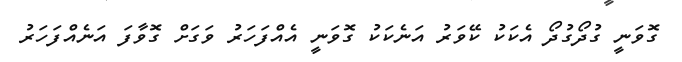
ގޮވަނީ ގުދޯގުދޯ އެކަކު ކޭވަރު އަނެކަކު ގޮވަނީ އެއްފަހަރު ވަގަށް ގޮވާފަ އަނެއްފަހަރު